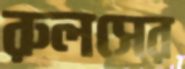
রুলসের